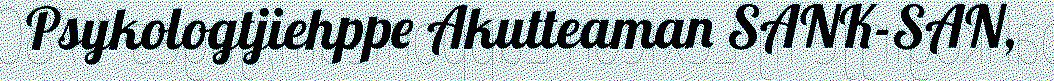
Psykologtjiehppe Akutteaman SANK-SAN,